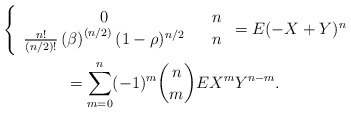
\begin{gather*}\left\{ \begin{array}{ccc}0 & & n \\ \frac{n!}{(n/2)!}\left( \beta \right) ^{\left( n/2\right) }(1-\rho )^{n/2} & & n\end{array}\right. =E(-X+Y)^{n}\allowbreak \\=\sum_{m=0}^{n}(-1)^{m}\binom{n}{m}EX^{m}Y^{n-m}.\allowbreak\end{gather*}